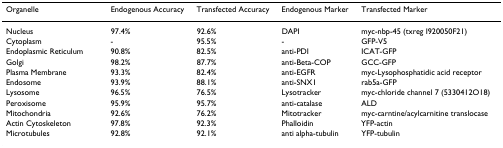
| Organelle | Endogenous Accuracy | Transfected Accuracy | Endogenous Marker | Transfected Marker |
 | --- | --- | --- | --- | --- |
 | Nucleus | 97.4% | 92.6% | DAPI | myc-nbp-45 (txreg I920050F21) |
 | Cytoplasm | - | 95.5% | - | GFP-V5 |
 | Endoplasmic Reticulum | 90.8% | 82.5% | anti-PDI | ICAT-GFP |
 | Golgi | 98.2% | 87.7% | anti-Beta-COP | GCC-GFP |
 | Plasma Membrane | 93.3% | 82.4% | anti-EGFR | myc-Lysophosphatidic acid receptor |
 | Endosome | 93.9% | 88.1% | anti-SNX1 | rab5a-GFP |
 | Lysosome | 96.5% | 76.5% | Lysotracker | myc-chloride channel 7 (5330412O18) |
 | Peroxisome | 95.9% | 95.7% | anti-catalase | ALD |
 | Mitochondria | 92.6% | 76.2% | Mitotracker | myc-carntine/acylcarnitine translocase |
 | Actin Cytoskeleton | 97.8% | 92.3% | Phalloidin | YFP-actin |
 | Microtubules | 92.8% | 92.1% | anti alpha-tubulin | YFP-tubulin |